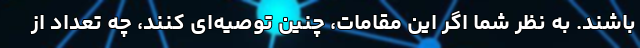
باشند. به نظر شما اگر این مقامات، چنین توصیه‌ای کنند، چه تعداد از